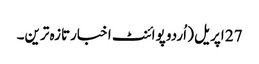
27 اپریل ( اُردو پوائنٹ اخبارتازہ ترین۔